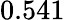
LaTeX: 0.541